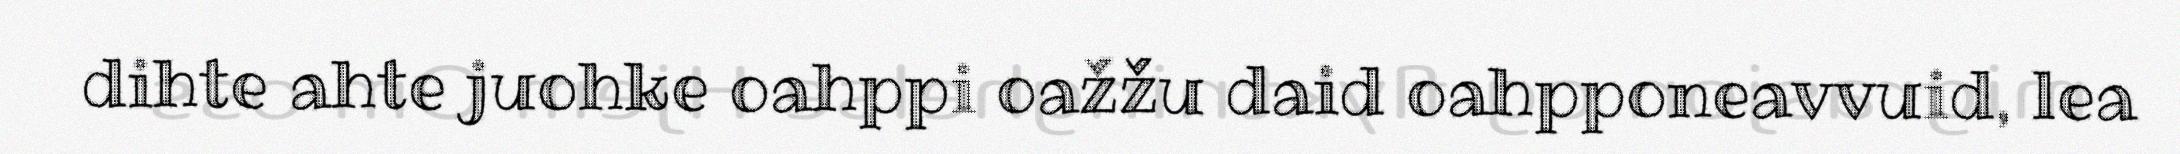
dihte ahte juohke oahppi oažžu daid oahpponeavvuid, lea